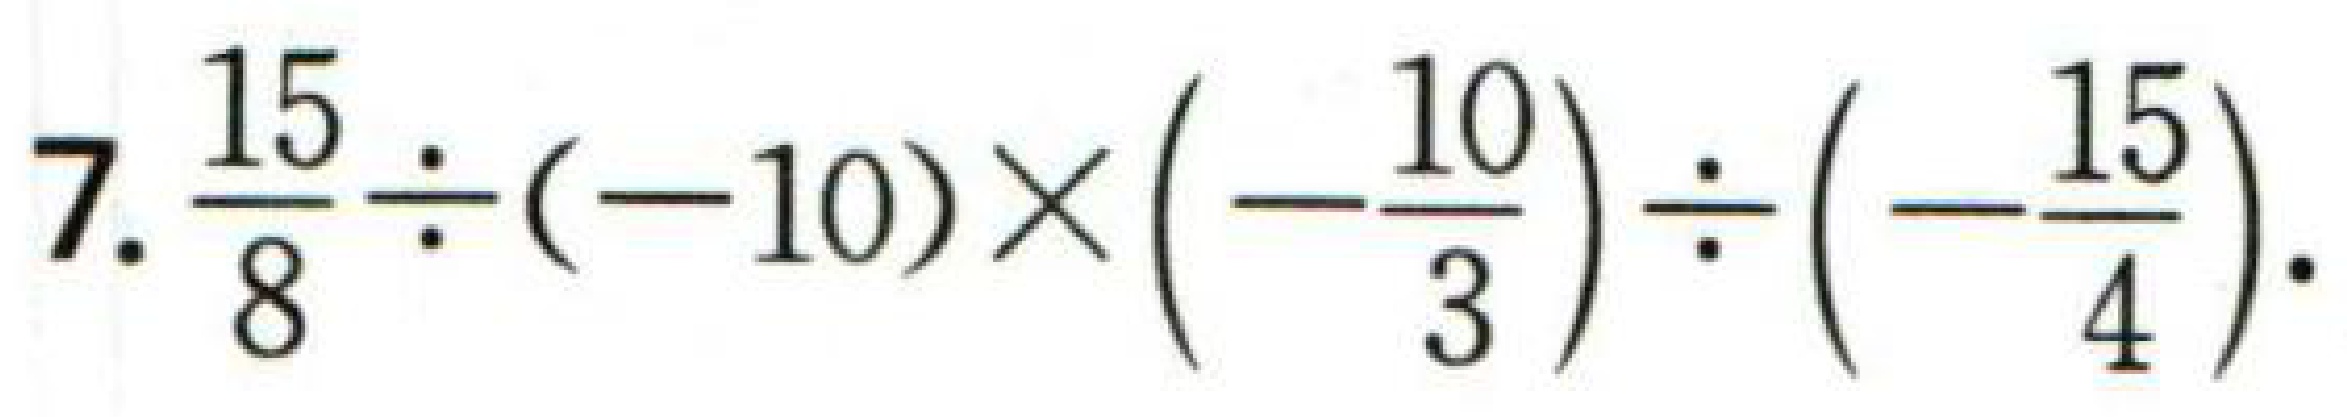
7. $\dfrac{15}{8}\div(-10)\times\left(-\dfrac{10}{3}\right)\div\left(-\dfrac{15}{4}\right)$.